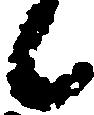
候